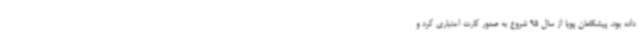
داده بود، پیشگامان پویا از سال 95 شروع به صدور کارت اعتباری کرد و